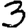
Digit: 3